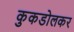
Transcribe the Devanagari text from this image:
कुकडोलकर